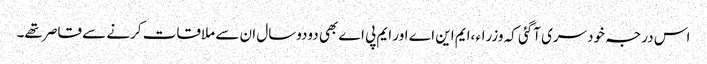
اس درجہ خودسری آگئی کہ وزراء ،ایم این اے اور ایم پی اے بھی دودوسال ان سے ملاقات کرنے سے قاصر تھے۔